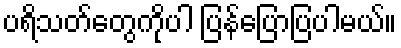
ပရိသတ်တွေကိုပါ ပြန်ပြောပြပါမယ်။